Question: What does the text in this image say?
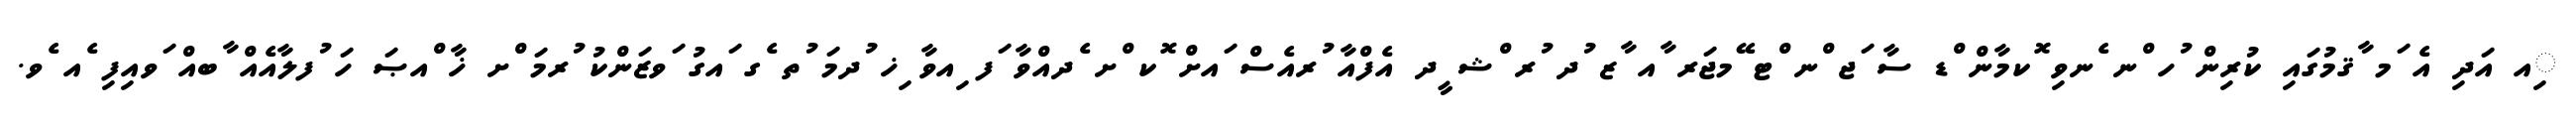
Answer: ިއ އަދި އެ ަމ ާޤމުގައި ކުރިން ުހ ްނ ެނވި ޮކމާން ްޑ ސާ ަޖ ްނ ްޓ ޭމޖަރ ާއ ާޒ ުދ ުރ ްޝ ީދ އެފްއާ ުރއެސް ައށް ޮކ ްށ ެދއްވާ ަފ ިއވާ ިޚ ުދމަ ުތ ެގ ައގު ަވޒަންކު ުރމަ ްށ ޚާ ްއޞަ ހަ ުފލާއެއް ާބއް ަވއިފި ެއ ެވ.